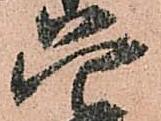
只